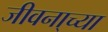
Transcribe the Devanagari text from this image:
जीवना्च्या